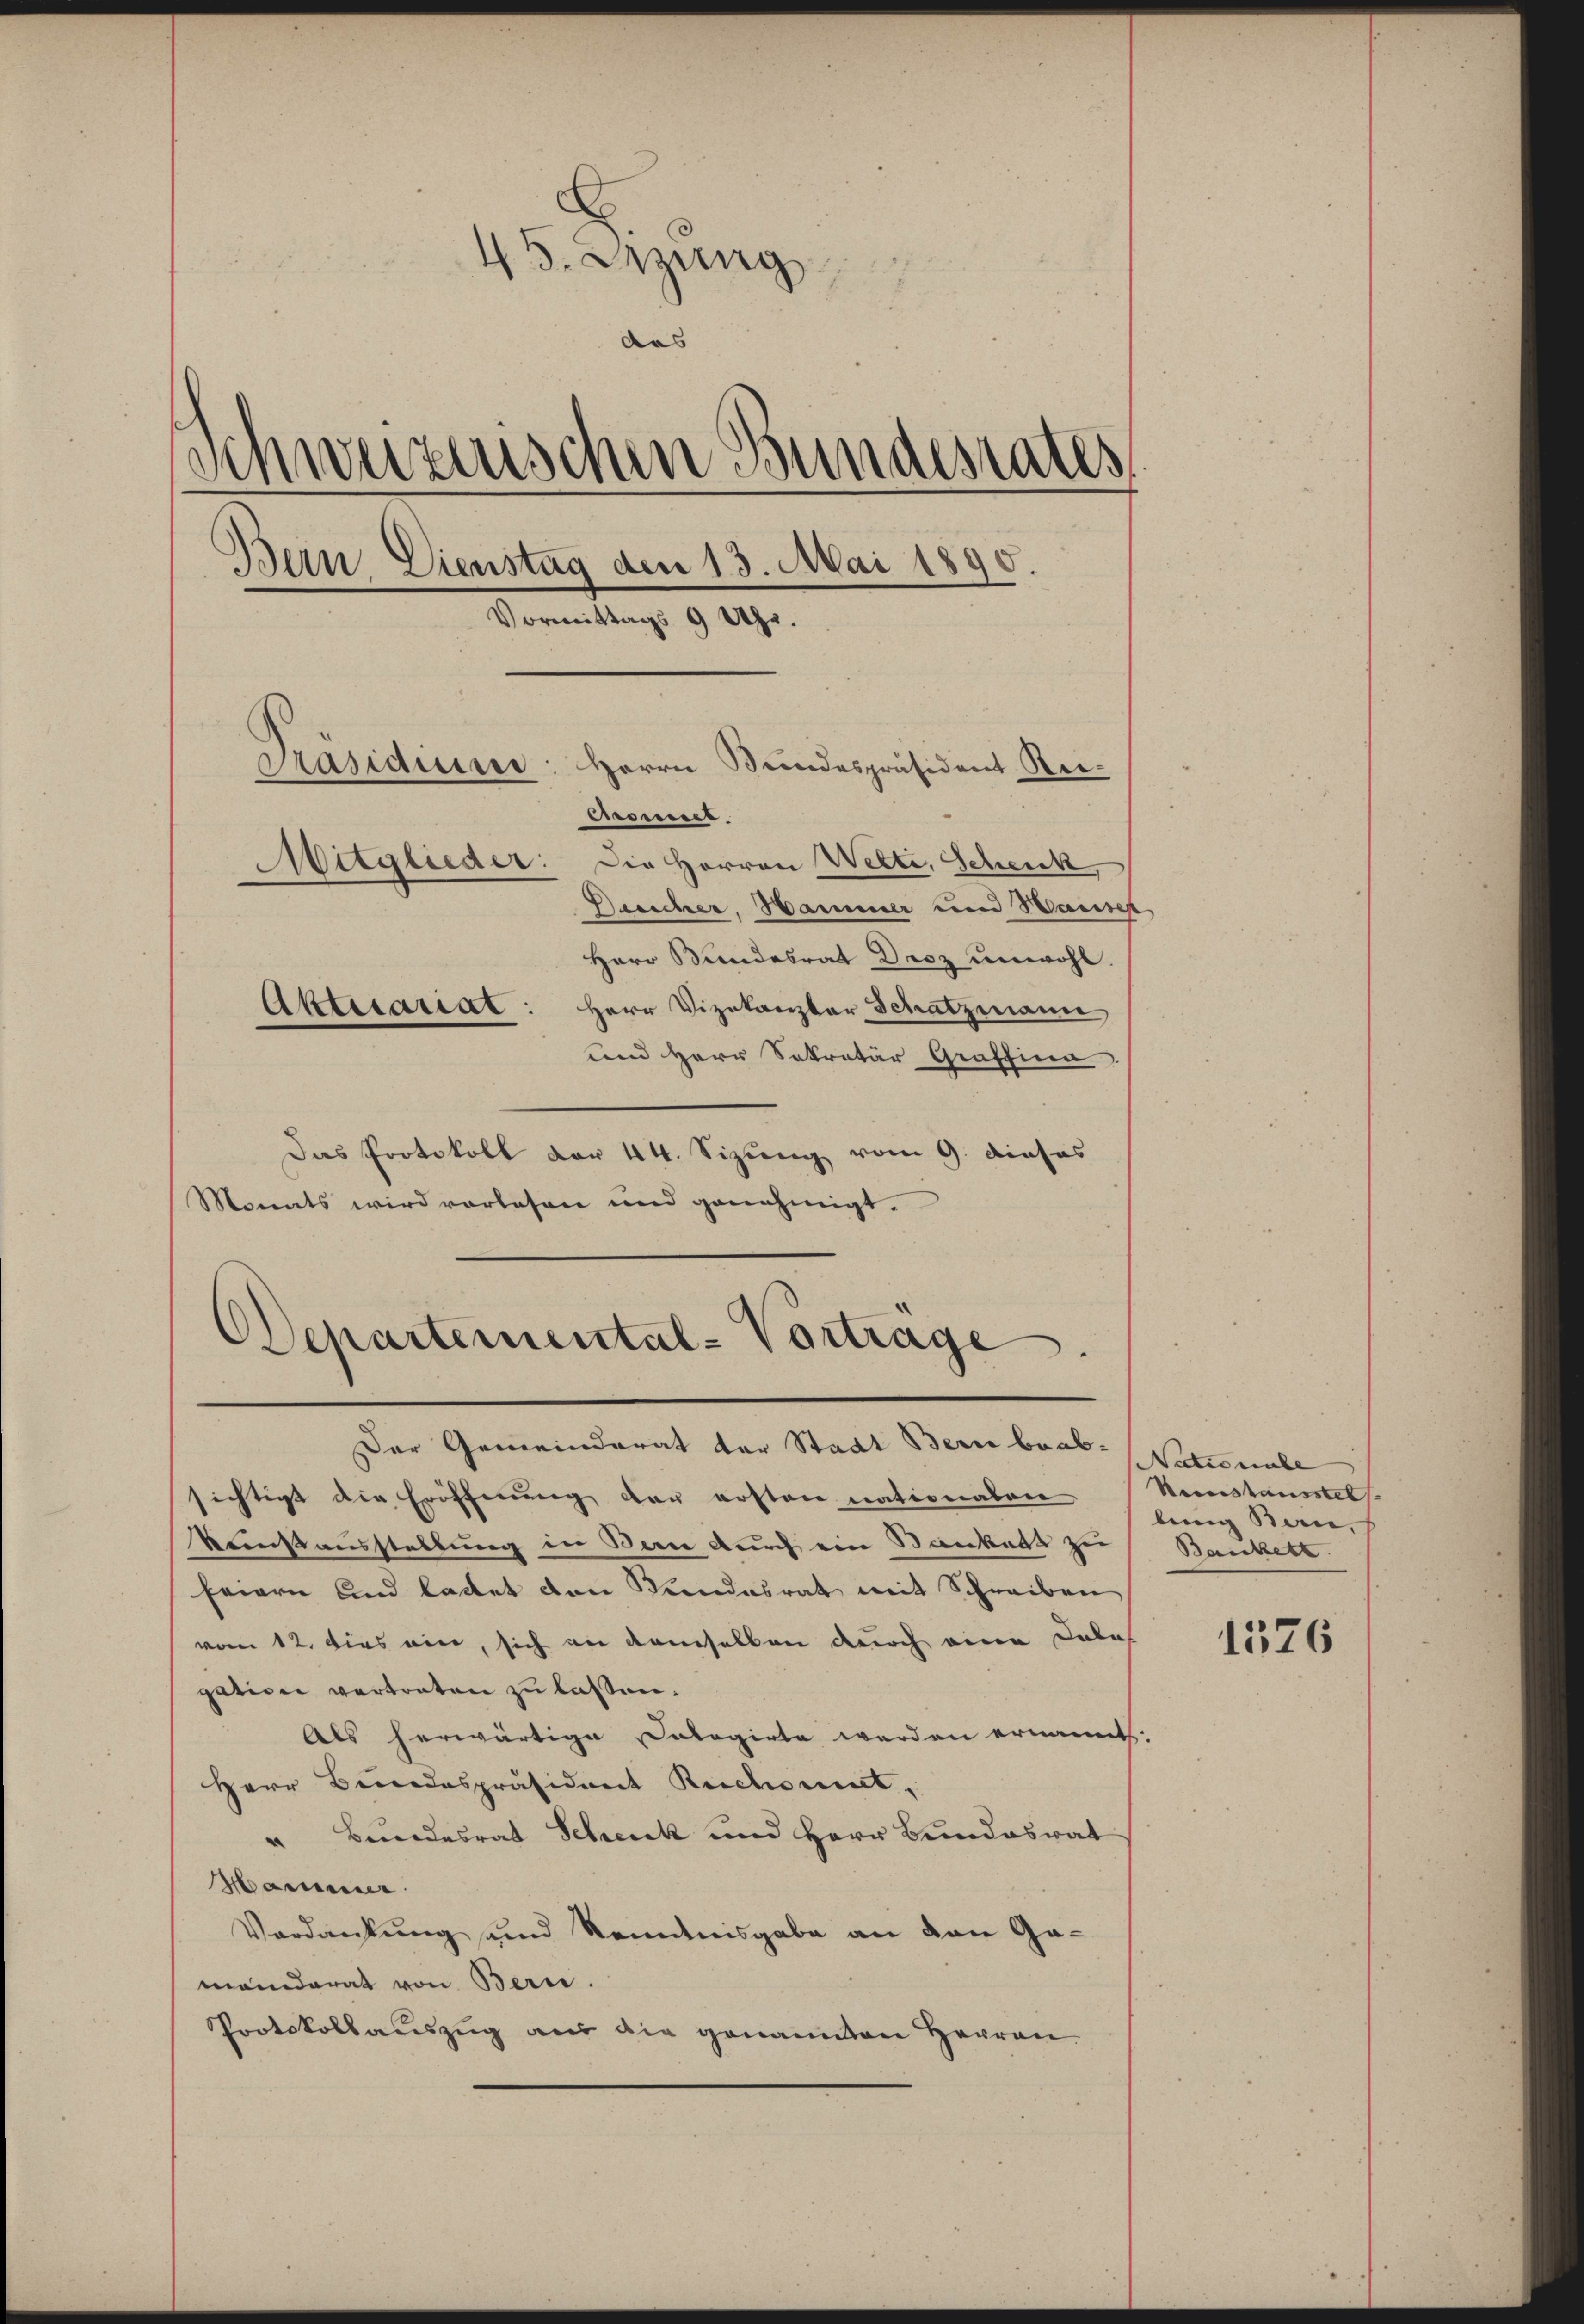
45. Dezung
das
Schweizerischen Bundesrates
Bern Dienstag den 13. Mai 1890
Vormittags 9 Uhr.
Präsidium: Herrn Bundespräsident Rei¬
Ciromes
Mitglieder: Die Herren Wette, Schenk
Desicher, Hammer und Waise
Herr Bundesrat Droz unwohl.
Abtitatat: Herr Vizekanzler Schatzmann,
und Herr Sekretär Graffina

Departemental-Vortrage
Der Gemeinderat der Stadt Bern beab-Vatumsbe

Das Protokoll der 44. Sizung vom 9. dieses
Monats wird vorlesen und genehmigt.

sichtigt die Eröffnung der ersten nationalen
Rensausstellung in Bern durch ein Sankats zu
feiern und lattet den Kundesrat mit Schreiben
vom 12. dies ein, sich an demselben durch eine Dabe
gation vertreten zu laßen.
Als herwärtige Cologirte werden ernannt.
Herr Bundespräsident Rechnet,
" Bundesrat Schenk und Herr Bundesrat
Hammer
Verdankung und Kenntnisgabe an den Gamanderat von Bern.
Protokollauszug aus die genannten Herren

Neustausstel
lung Bern,
Bankett

1576